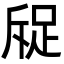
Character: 䟟